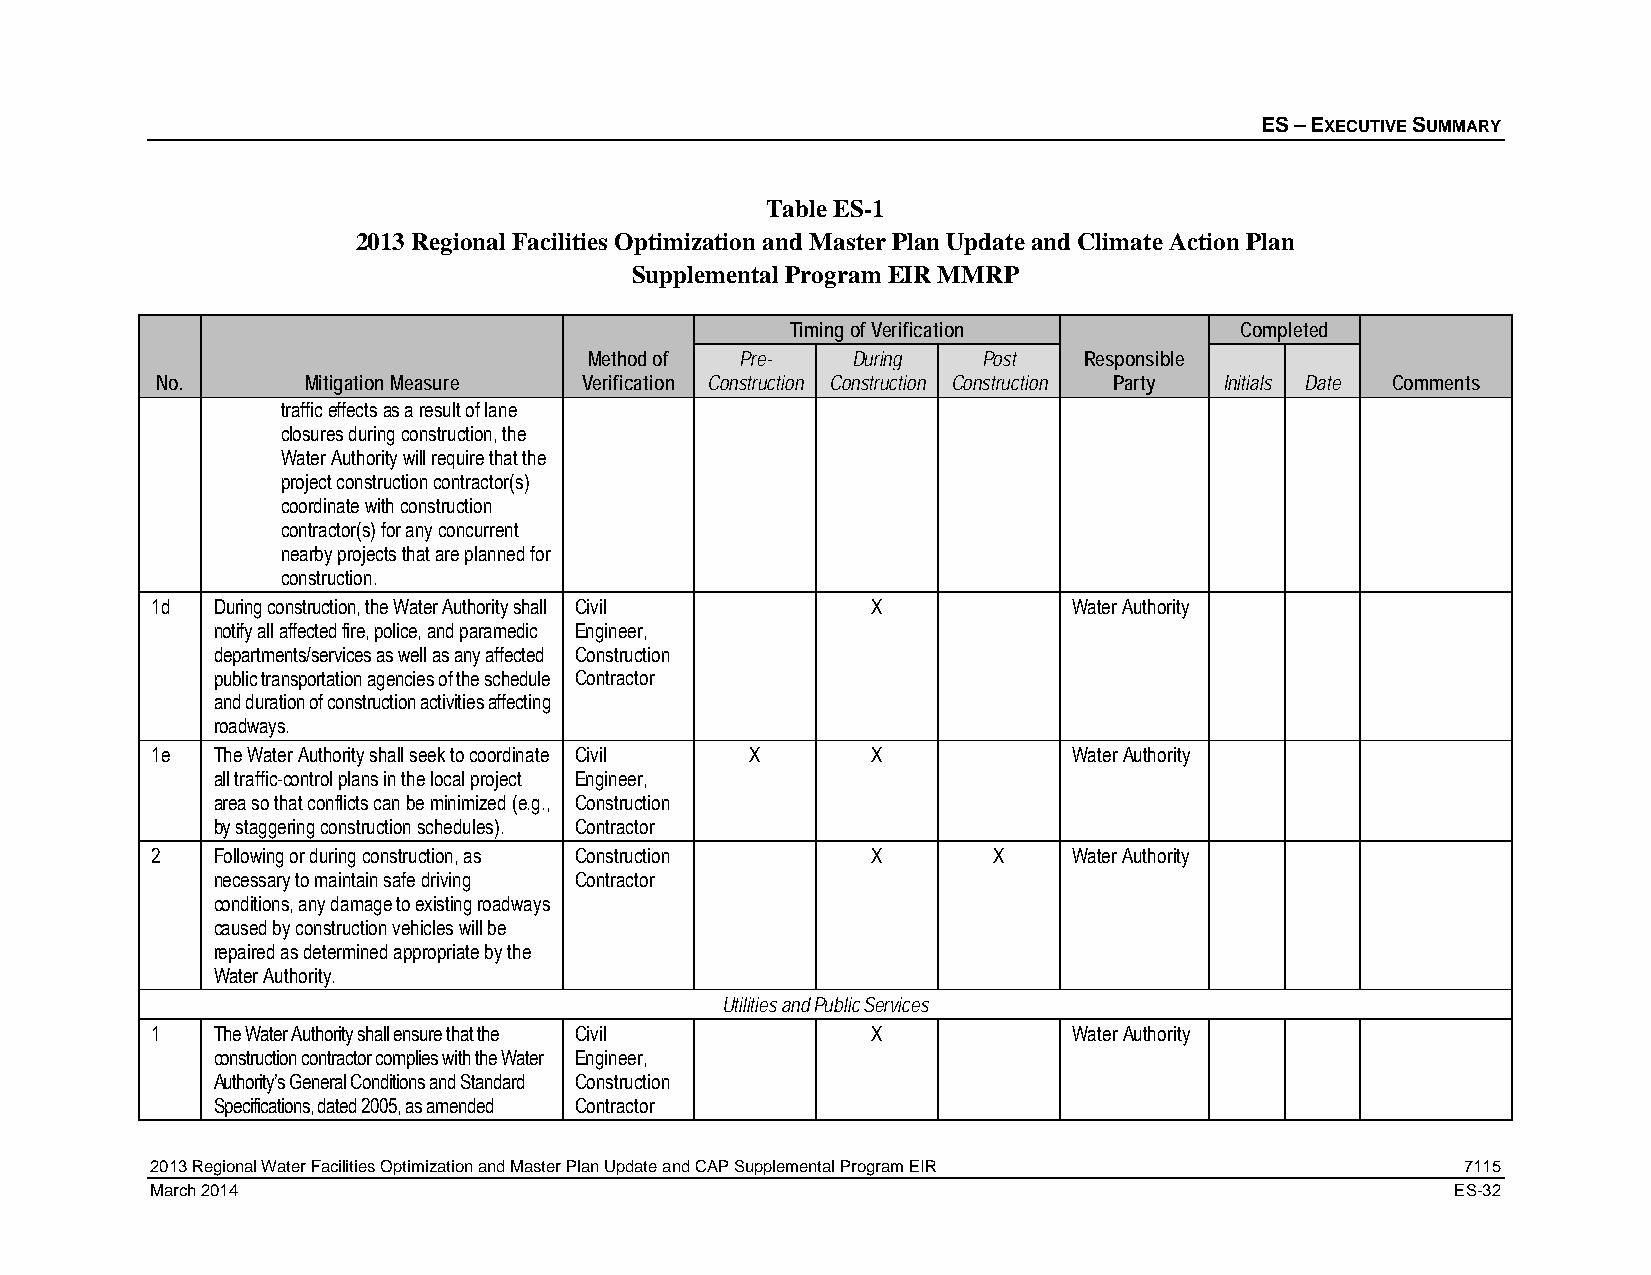
ES – EXECUTIVE SUMMARY
 Table ES-1
 2013 Regional Facilities Optimization and Master Plan Update and Climate Action Plan
 Supplemental Program EIR MMRP
 Timing of Verification        Completed
 Method of Pre-   During   Post   Responsible
 No.       Mitigation Measure Verification Construction Construction Construction Party Initials Date Comments
 traffic effects as a result of lane
 closures during construction, the
 Water Authority will require that the
 project construction contractor(s)
 coordinate with construction
 contractor(s) for any concurrent
 nearby projects that are planned for
 construction.
 1d  During construction, the Water Authority shall Civil X   Water Authority
 notify all affected fire, police, and paramedic Engineer,
 departments/services as well as any affected Construction
 public transportation agencies of the schedule Contractor
 and duration of construction activities affecting
 roadways.
 1e  The Water Authority shall seek to coordinate Civil X X   Water Authority
 all traffic-control plans in the local project Engineer,
 area so that conflicts can be minimized (e.g., Construction
 by staggering construction schedules). Contractor
 2   Following or during construction, as Construction X X    Water Authority
 necessary to maintain safe driving Contractor
 conditions, any damage to existing roadways
 caused by construction vehicles will be
 repaired as determined appropriate by the
 Water Authority.
 Utilities and Public Services
 1   The Water Authority shall ensure that the Civil X        Water Authority
 construction contractor complies with the Water Engineer,
 Authority’s General Conditions and Standard Construction
 Specifications, dated 2005, as amended Contractor
 2013 Regional Water Facilities Optimization and Master Plan Update and CAP Supplemental Program EIR 7115
 March 2014                                                                            ES-32